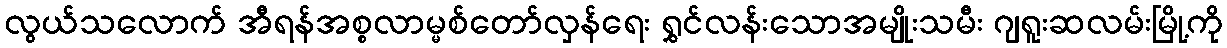
လွယ်သလောက် အီရန်အစ္စလာမ္မစ်တော်လှန်ရေး ရွှင်လန်းသောအမျိုးသမီး ဂျရူးဆလမ်းမြို့ကို